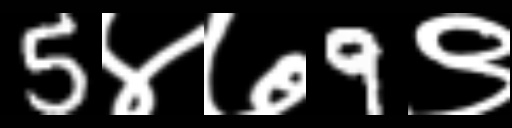
Text: 5४७9९